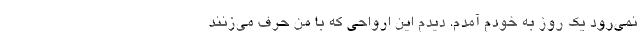
نمی‌رود یک روز به خودم آمدم. دیدم این ارواحی که با من حرف می‌زنند